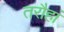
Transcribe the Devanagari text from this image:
तरौहां